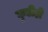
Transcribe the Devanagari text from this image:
कुडीही